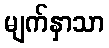
မျက်နှာသာ